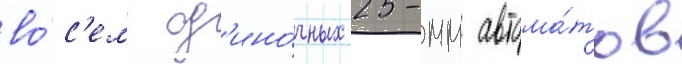
во́с'емь од'ино́чных 25-мм автома́тов